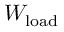
W _ { \mathrm { l o a d } }